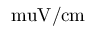
\mathrm { \ m u V / c m }